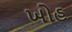
ખોહ